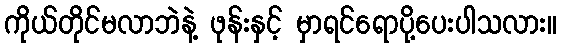
ကိုယ်တိုင်မလာဘဲနဲ့ ဖုန်းနှင့် မှာရင်ရောပို့ပေးပါသလား။